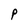
Character: p